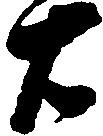
右